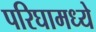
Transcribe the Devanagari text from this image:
परिघामध्ये